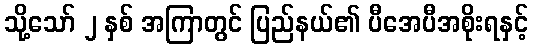
သို့သော် ၂ နှစ် အကြာတွင် ပြည်နယ်၏ ပီအေပီအစိုးရနှင့်